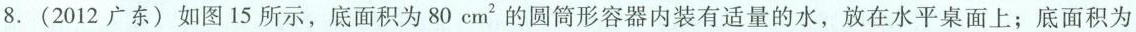
8. (2012 广东)如图15所示，底面积为80 cm^{2}的圆筒形容器内装有适量的水，放在水平桌面上；底面积为